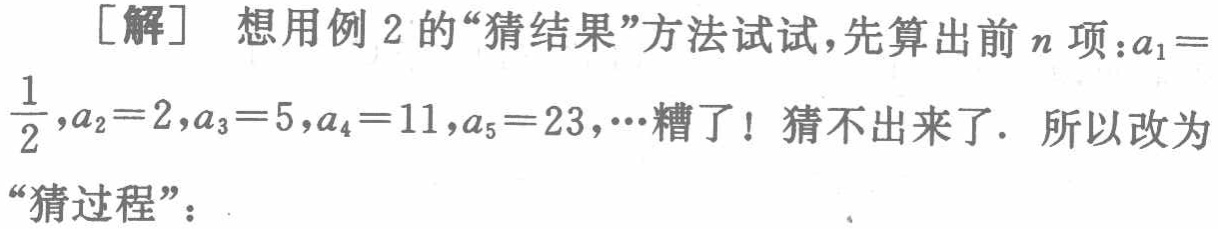
[解] 想用例 2 的“猜结果”方法试试,先算出前\(n\)项：\(a_{1}=\frac{1}{2},a_{2}=2,a_{3}=5,a_{4}=11,a_{5}=23,\cdots\)糟了！猜不出来了. 所以改为“猜过程”：